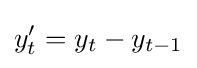
y_{t}'=y_{t}-y_{t-1}